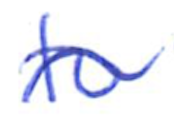
Text: to
Cross-out: wave
Writing tool: ballpoint